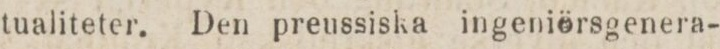
tualiteter. Den preussiska ingeniörsgenera-